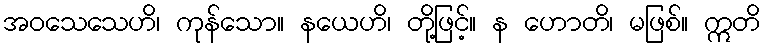
အဝသေသေဟိ၊ ကုန်သော။ နယေဟိ၊ တို့ဖြင့်။ န ဟောတိ၊ မဖြစ်။ ဣတိ